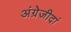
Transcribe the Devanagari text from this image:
अंग्रेजीदां